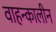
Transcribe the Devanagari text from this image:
वाहन्कालीन